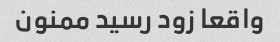
واقعا زود رسید ممنون